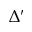
\Delta ^ { \prime }